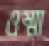
ওম্মা